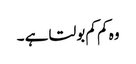
وہ کم کم بولتا ہے ۔